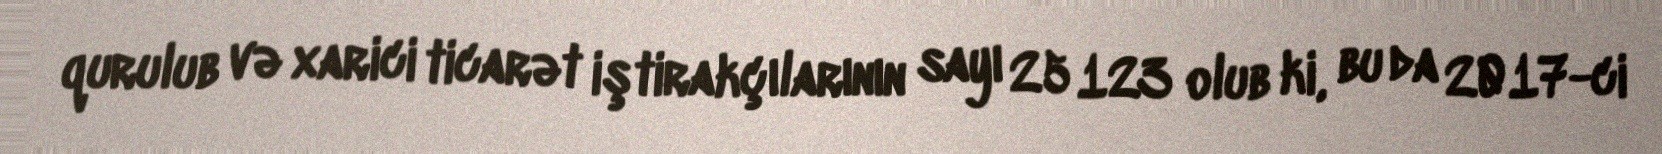
qurulub və xarici ticarət iştirakçılarının sayı 25 123 olub ki, bu da 2017-ci